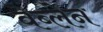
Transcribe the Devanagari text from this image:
वेब्लेन